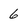
Character: 6